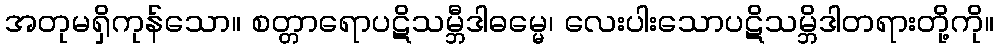
အတုမရှိကုန်သော။ စတ္တာရောပဋိသမ္ဘီဒါဓမ္မေ၊ လေးပါးသောပဋိသမ္ဘိဒါတရားတို့ကို။